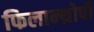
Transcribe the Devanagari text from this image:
फिलान्थ्रोपी